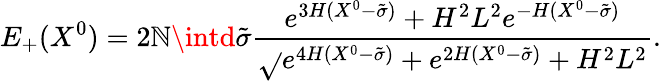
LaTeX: E_{+}(X^{0})=2\mathbb{N}\intd\tilde{{\sigma}}\frac{{e^{3H(X^{0}-\tilde{{\sigma}})}+H^{2}L^{2}e^{-H(X^{0}-\tilde{{\sigma}})}}}{{\sqrt{}{{e^{4H(X^{0}-\tilde{{\sigma}})}+e^{2H(X^{0}-\tilde{{\sigma}})}+H^{2}L^{2}}}}}.